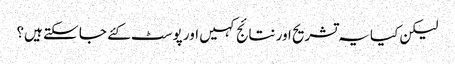
لیکن کیا یہ تشریح اور نتائج کہیں اور پوسٹ کئے جا سکتے ہیں؟